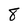
Character: 8